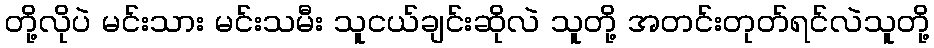
တို့လိုပဲ မင်းသား မင်းသမီး သူငယ်ချင်းဆိုလဲ သူတို့ အတင်းတုတ်ရင်လဲသူတို့